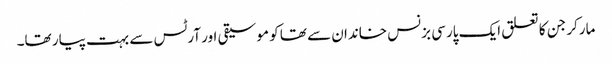
مارکر جن کا تعلق ایک پارسی بزنس خاندان سے تھا کو موسیقی اور آرٹس سے بہت پیار تھا۔